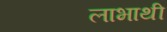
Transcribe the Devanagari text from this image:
लाभाथी